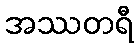
အဿတရီ